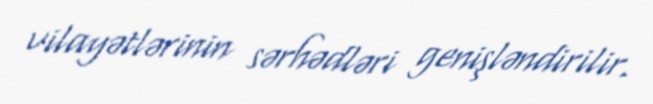
vilayətlərinin sərhədləri genişləndirilir.